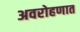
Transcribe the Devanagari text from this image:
अवरोहणात